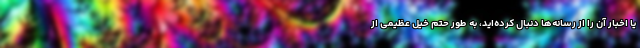
یا اخبار آن را از رسانه‌ها دنبال کرده‌اید، به طور حتم خیل عظیمی از